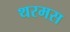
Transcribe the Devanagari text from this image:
थरमस